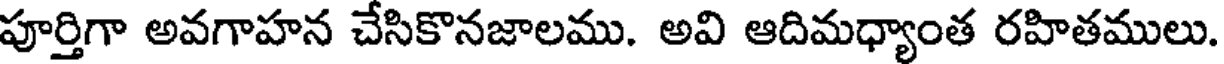
పూర్తిగా అవగాహన చేసికొనజాలము. అవి ఆదిమధ్యాంత రహితములు.